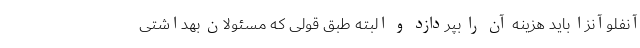
آنفلوآنزا باید هزینه آن را بپردازد و البته طبق قولی که مسئولان بهداشتی